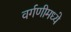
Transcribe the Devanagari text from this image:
वर्गणीमध्ये